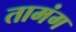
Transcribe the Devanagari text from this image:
तामंग